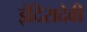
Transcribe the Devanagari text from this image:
इंदिरादेवी